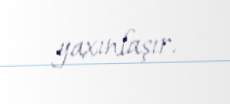
yaxınlaşır.